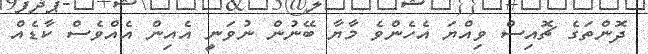
ދޮންތަގެ ޗޮއިސް ވިއްޔަ އެހެންވެ މާޔާ ބޭނުން ނުވަނީ އެއިން އެއްވެސް ކާޑެއް